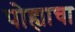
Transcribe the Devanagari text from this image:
पोह्याचा